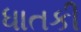
ધાતકી